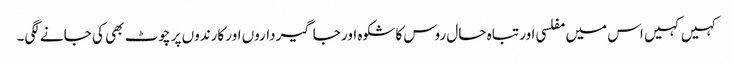
کہیں کہیں اس میں مفلسی اور تباہ حال روس کا شکوہ اور جاگیرداروں اور کارندوں پر چوٹ بھی کی جانے لگی۔